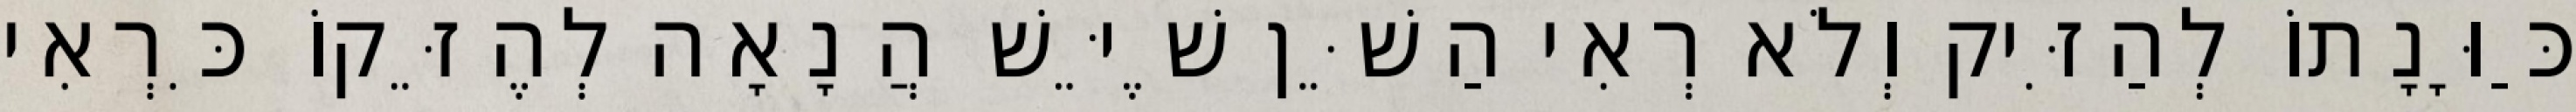
כַּוָּנָתוֹ לְהַזִּיק וְלֹא רְאִי הַשֵּׁן שֶׁיֵּשׁ הֲנָאָה לְהֶזֵּקוֹ כִּרְאִי